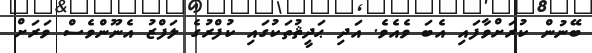
ބޭނުން ކުރަށްވާފައި އެބަ ވެއެވެ. އަދި ޙަދީޘުތަކުގައި ކުފްރުގެ ލަފްޒު އެނޫންވެސް ވަރަށް